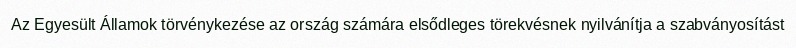
Az Egyesült Államok törvénykezése az ország számára elsődleges törekvésnek nyilvánítja a szabványosítást